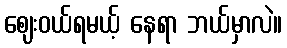
ဈေးဝယ်ရမယ့် နေရာ ဘယ်မှာလဲ။